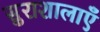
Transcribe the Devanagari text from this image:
सुराशालाएँ